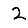
Digit: 2